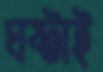
ঘষ্‌টাই